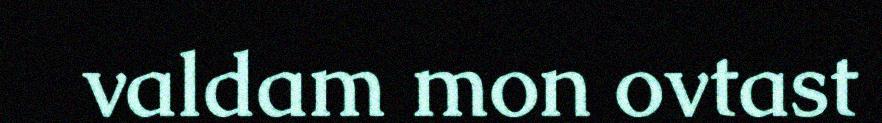
valdam mon ovtast